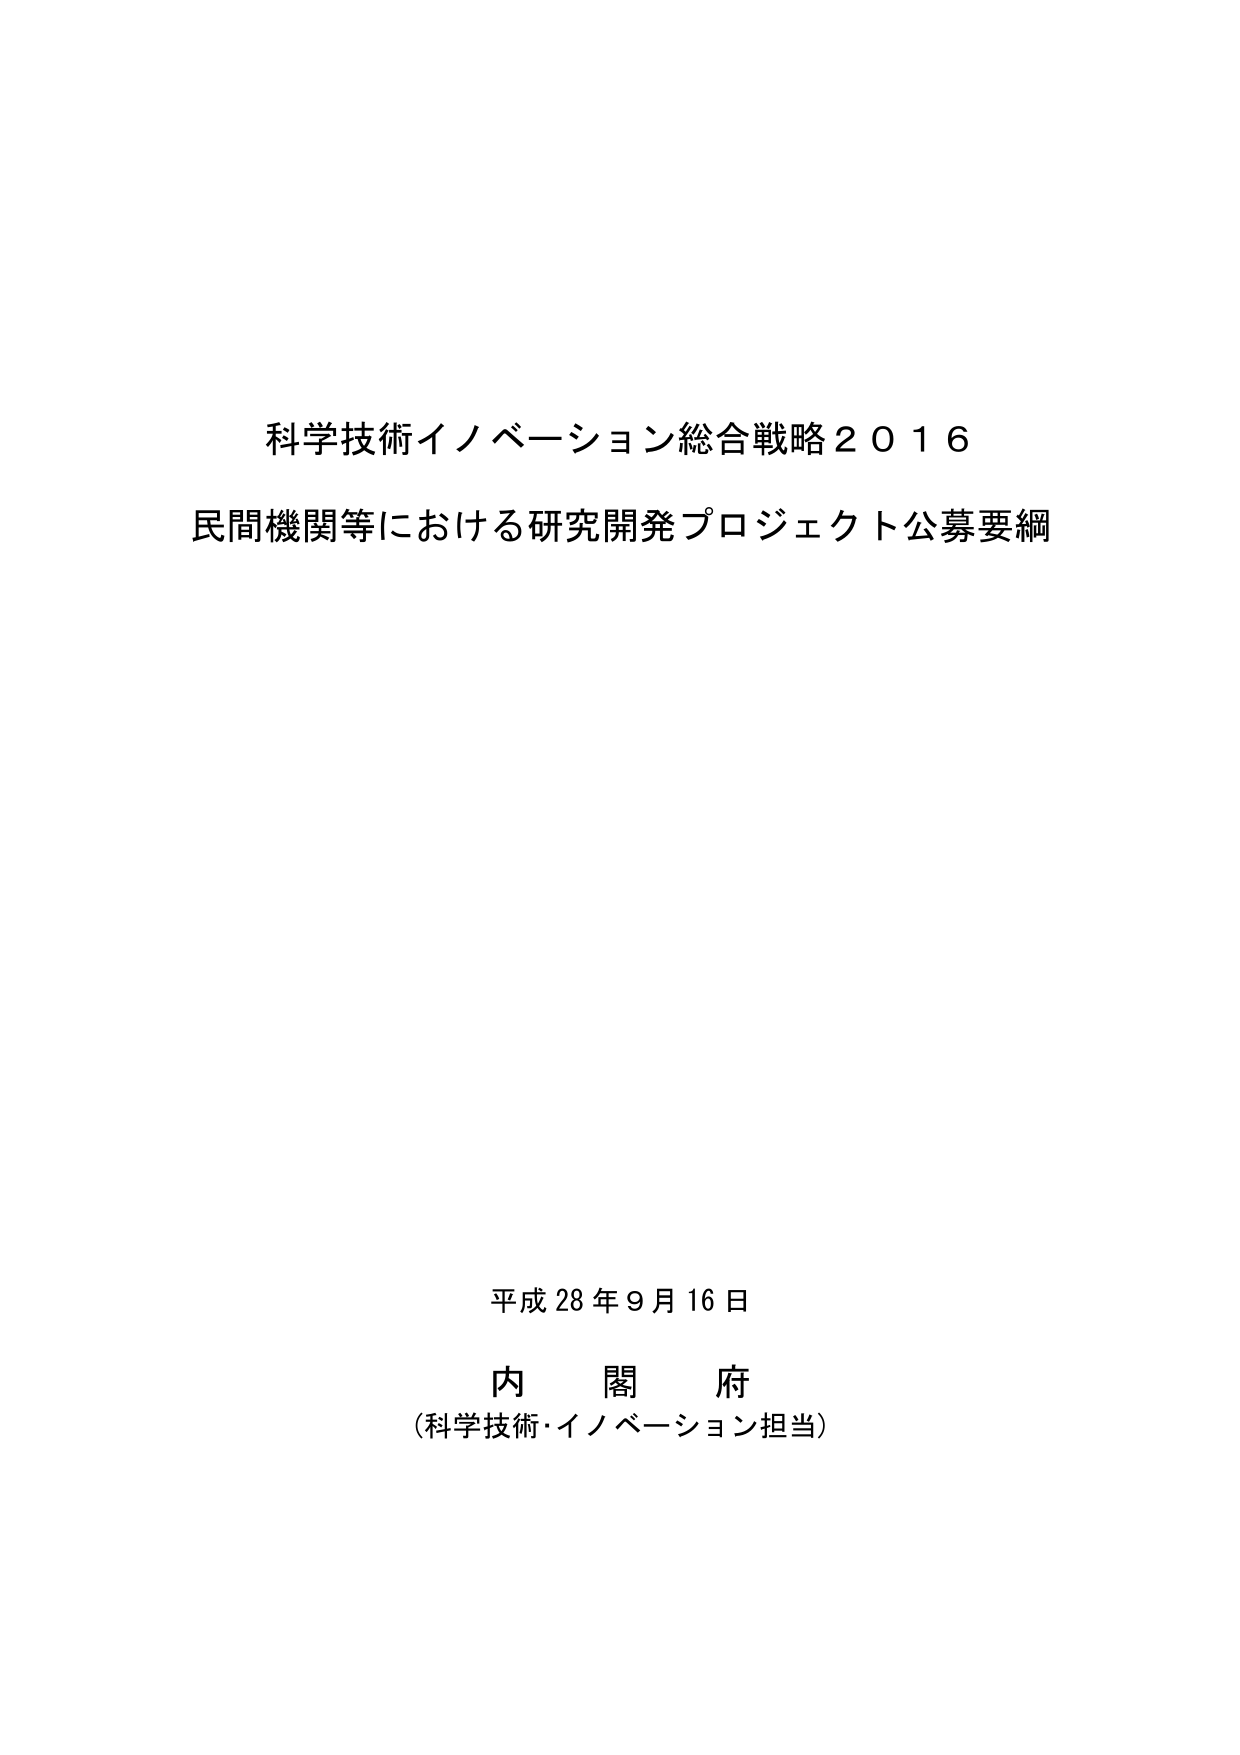
科学技術イノベーション総合戦略２０１６
民間機関等における研究開発プロジェクト公募要綱

平成２８年９月１６日
内　閣　府
（科学技術・イノベーション担当）